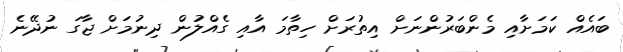
ބައެއް ކަމަށާއި މެންބަރުންނަށް އިތުރަށް ހިތާމަ އާއި ގެއްލުން ދިނުމަށް ޖާގަ ނުދޭނެ